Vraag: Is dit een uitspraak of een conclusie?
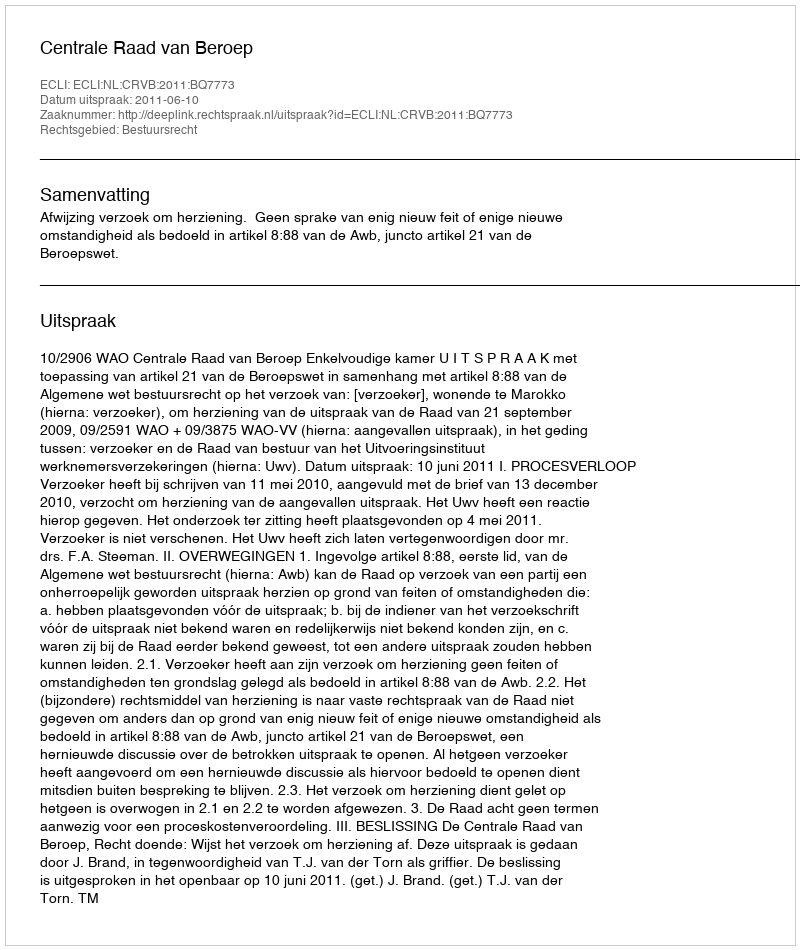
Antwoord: Uitspraak